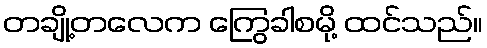
တချို့တလေက ကြွေခါစမို့ ထင်သည်။